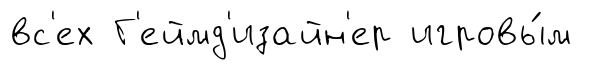
вс'ех Г'еймд'изайн'ер игровы́м